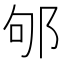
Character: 邭